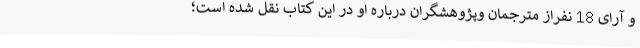
و آرای 18 نفراز مترجمان وپژوهشگران درباره او در این کتاب نقل شده است؛